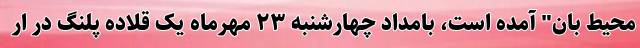
محیط بان" آمده است، بامداد چهارشنبه ۲٣ مهرماه یک قلاده پلنگ در ار